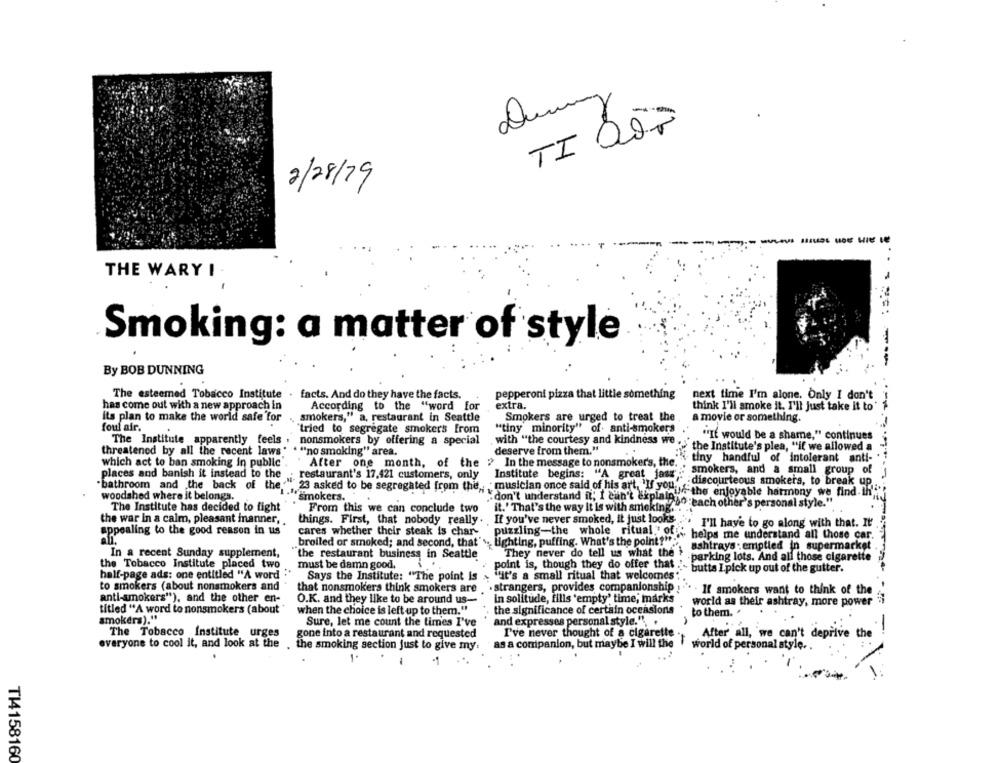
TI QÕ7
2/28/79
---------
.
THE WARY I
Smoking: a matter of style
By BOB DUNNING
-----
The esteemed Tobacco Institute . facts. And do they have the facts.
pepperoni pizza that little something
next time I'm alone. Only I don't
has come out with a new approach in
extra.
According to the "word for
think I'll smoke it. I'll just take it to
Its plan to make the world safe for
smokers," a, restaurant in Seattle
Smokers are urged to treat the
a movie or something.
foul air.
"tiny minority" of. anti-smokers
"tried to segregate smokers from
The Institute apparently feels
nonsmokers by offering a special
with "the courtesy and kindness we
"If would be a shame," continues
"no smoking" area.
deserve from them."
the Institute's plea, "if we allowed a
threatened by all the recent laws
tiny handful of intolerant anti- "
which act to ban smoking in public
After one month, of the > In the message to nonsmoker's, the ..
places and banish it instead to the
Institute begins: "A great jest
" smokers, and a small group o
restaurant's 17,421 customers, only
"bathroom and the back of the
23 asked to be segregated from the , . musician once said of his art, "If you"
:discourteous smokers, to break up
woodshed where it belongs.
smokers.
don't understand it; I can't explain , the enjoyable harmony we find.ih''
00: each other's personal style."
The Institute has decided to fight
From this we can conclude two
it.' That's the way it is with smoking."
the war in a calm, pleasant manner,
If you've never smoked, it just looks
things. First, that nobody really.
I'll hay'e to go along with that. It
appealing to the good reason in us
cares whether their steak is char-
puzzling-the whole ritual " off.
helps me understand all those car.
ali.
broiled or smoked; and second, that's, lighting, puffing. What's the point?":"
ashtrays : emptied in supermarket
In a recent Sunday supplement,
the restaurant business in Seattle
They never do tell us what the }
.parking lots. And all those cigarette
the Tobacco Institute placed two
must be damn good.
point is, though they do offer that .
butts Ipick up out of the gutter.
half-page ads: one entitled "A word
Says the Institute: "The point Is
it's a small ritual that welcomes
to smokers (about nonsmokers and
that nonsmokers think smokers are .strangers, provides companionship
If smokers want to think of the
anti-smokers"), and the other en-
O.K. and they like to be around us-
in solitude, fills 'empty' time, marks
world as their ashtray, more power
titled "A word to nonsmokers (about
when the choice is left up to them."
the significance of certain occasions
smokers)."
to them. '
Sure, let me count the times I've
and expresses personal style." ..
A
The Tobacco Institute urges
gone into a restaurant and requested
I've never thought of a cigarette
After all, we can't deprive the
-
everyone to cool it, and look at the
the smoking section just to give my.
as a companion, but maybe I will the
world of personal style ..
1.
-
TI4158160